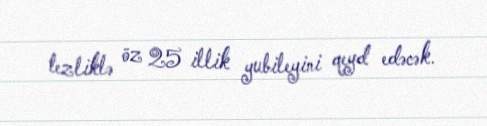
tezliklə öz 25 illik yubileyini qeyd edəcək.